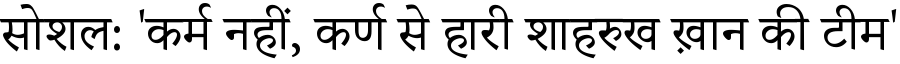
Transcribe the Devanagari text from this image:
सोशल: 'कर्म नहीं, कर्ण से हारी शाहरुख ख़ान की टीम'